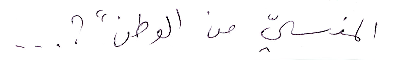
المنسي من الوطن؟"...